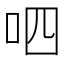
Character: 呬